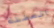
العضلة